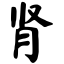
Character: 肾